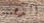
الذهبيه